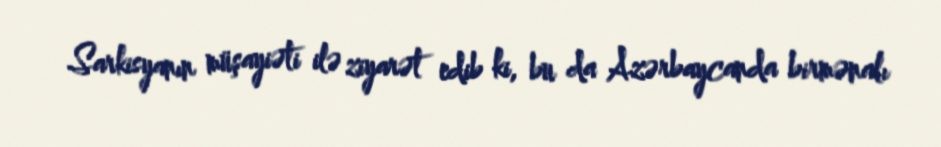
Sarkisyanın müşayiəti ilə ziyarət edib ki, bu da Azərbaycanda birmənalı